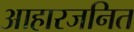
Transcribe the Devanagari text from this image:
आहारजनित